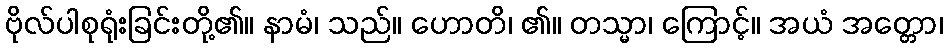
ဗိုလ်ပါစုရုံးခြင်းတို့၏။ နာမံ၊ သည်။ ဟောတိ၊ ၏။ တသ္မာ၊ ကြောင့်။ အယံ အတ္တော၊